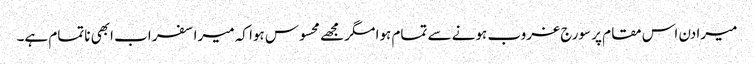
میرا دن اس مقام پر سورج غروب ہونے سے تمام ہوا مگر مجھے محسوس ہوا کہ میرا سفر اب ابھی ناتمام ہے۔